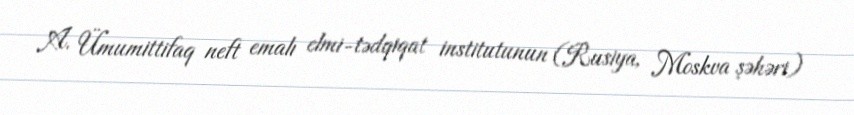
A. Ümumittifaq neft emalı elmi-tədqiqat institutunun (Rusiya, Moskva şəhəri)